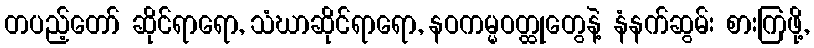
တပည့်တော် ဆိုင်ရာရော, သံဃာဆိုင်ရာရော, နဝကမ္မဝတ္ထုတွေနဲ့ နံနက်ဆွမ်း စားကြဖို့,